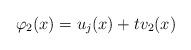
LaTeX: \begin{align*}\varphi_2(x)=u_j(x)+tv_2(x) \end{align*}